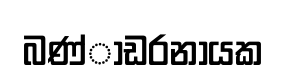
බණ්ාඩරනායක